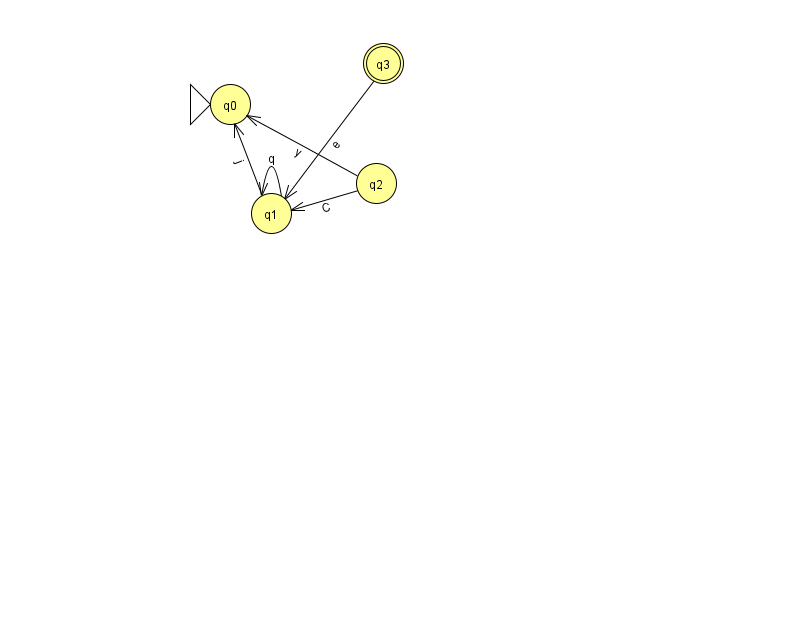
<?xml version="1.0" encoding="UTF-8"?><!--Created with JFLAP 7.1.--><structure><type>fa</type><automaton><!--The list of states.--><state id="0" name="q0"><x>230.0</x><y>91.0</y><initial/></state><state id="1" name="q1"><x>271.0</x><y>200.0</y></state><state id="2" name="q2"><x>376.0</x><y>170.0</y></state><state id="3" name="q3"><x>383.0</x><y>50.0</y><final/></state><!--The list of transitions.--><transition><from>2</from><to>1</to><read>C</read></transition><transition><from>1</from><to>1</to><read>q</read></transition><transition><from>1</from><to>0</to><read>j</read></transition><transition><from>2</from><to>0</to><read>y</read></transition><transition><from>3</from><to>1</to><read>e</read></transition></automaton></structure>